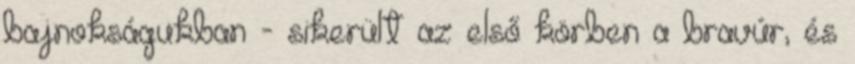
bajnokságukban - sikerült az első körben a bravúr, és